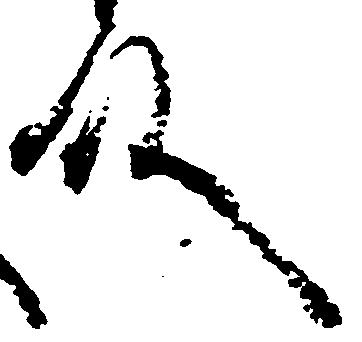
殿